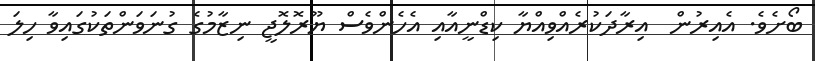
ބޯށެވެ. އެއިރުން  އިރާދަކުރެއްވިއްޔާ ކިޑްނީއާއި އެހެންވެސް ޔޫރޮލޮޖީ ނިޒާމުގެ ގުނަވަންތަކުގައިވާ ހިލަ